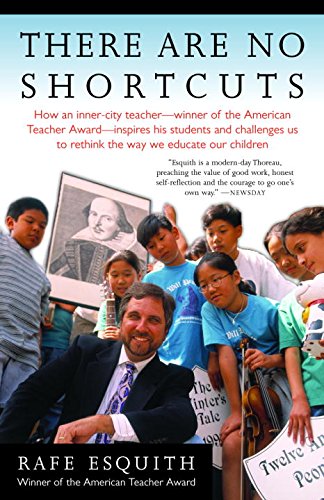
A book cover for There Are No Shortcuts; Rafe Esquith; Biographies & Memoirs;